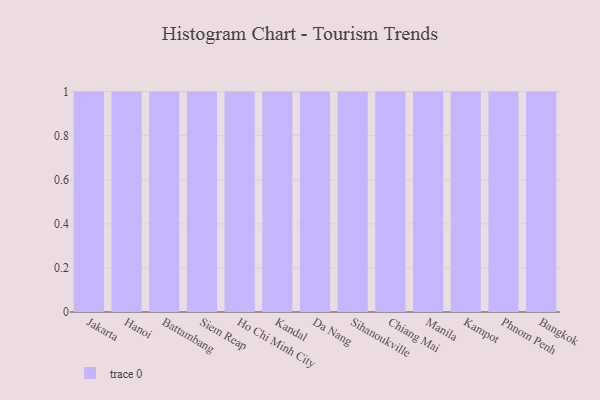
{"axis": {"x": "City", "y": "Satisfaction Score"}, "legend": [""], "data": [{"x": "Jakarta", "y": 62, "type": ""}, {"x": "Hanoi", "y": 27, "type": ""}, {"x": "Battambang", "y": 100, "type": ""}, {"x": "Siem Reap", "y": 44, "type": ""}, {"x": "Ho Chi Minh City", "y": 60, "type": ""}, {"x": "Kandal", "y": 47, "type": ""}, {"x": "Da Nang", "y": 45, "type": ""}, {"x": "Sihanoukville", "y": 64, "type": ""}, {"x": "Chiang Mai", "y": 45, "type": ""}, {"x": "Manila", "y": 98, "type": ""}, {"x": "Kampot", "y": 10, "type": ""}, {"x": "Phnom Penh", "y": 83, "type": ""}, {"x": "Bangkok", "y": 11, "type": ""}]}